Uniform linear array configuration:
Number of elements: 48
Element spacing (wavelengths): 0.25
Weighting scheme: exponential
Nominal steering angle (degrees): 30
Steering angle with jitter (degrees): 29.586
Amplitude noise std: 0.05
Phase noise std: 0.05

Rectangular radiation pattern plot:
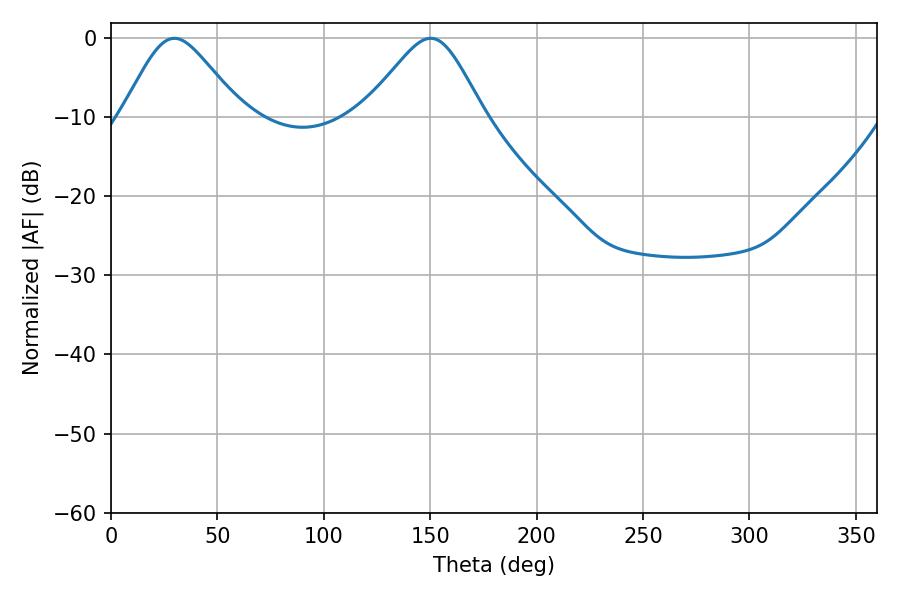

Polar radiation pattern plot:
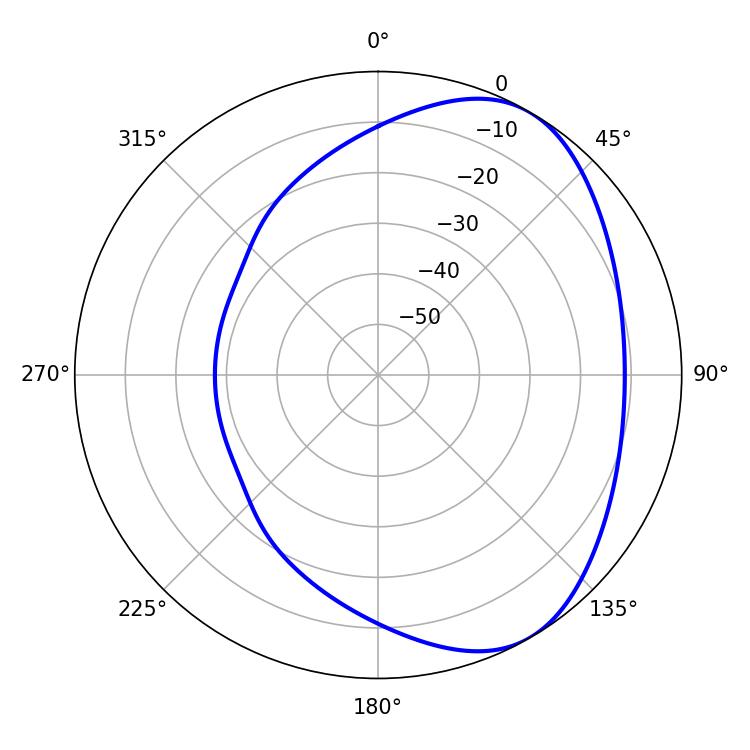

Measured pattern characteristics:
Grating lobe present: FALSE
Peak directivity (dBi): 4.992
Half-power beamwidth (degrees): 27.18
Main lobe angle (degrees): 29.7